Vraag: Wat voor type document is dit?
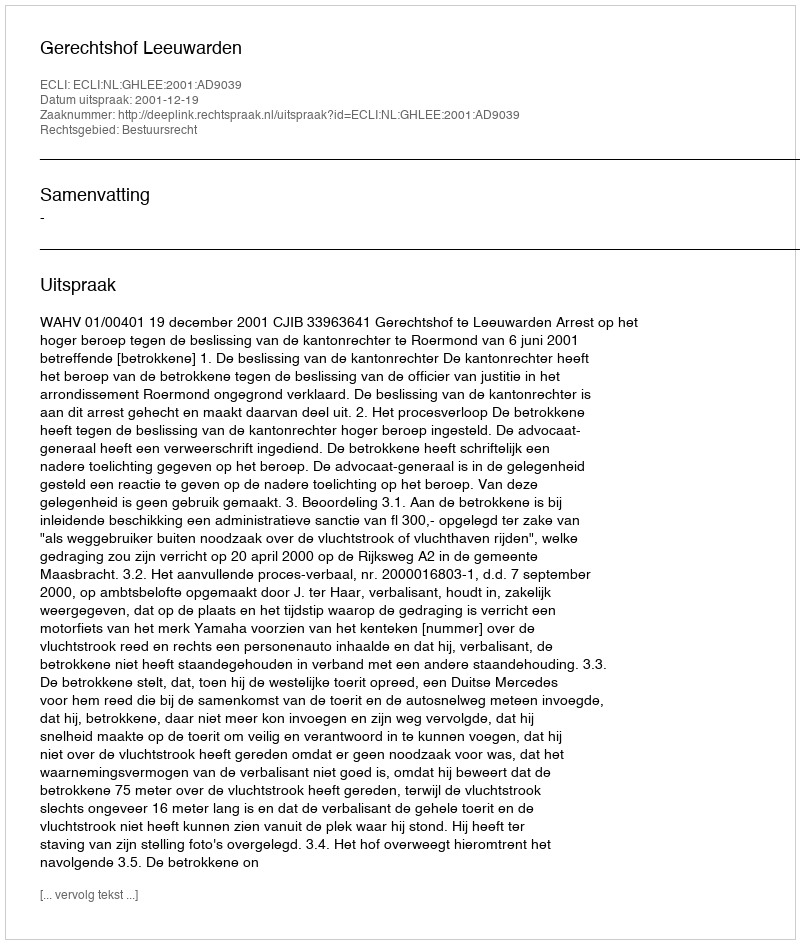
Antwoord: Uitspraak